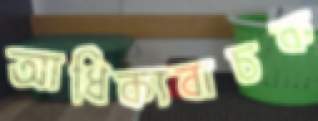
আধিক্যবাচক